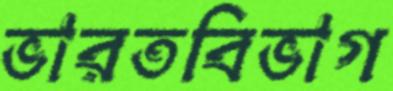
ভারতবিভাগ